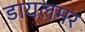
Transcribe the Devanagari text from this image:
डायलमर